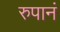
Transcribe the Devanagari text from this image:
रुपानं